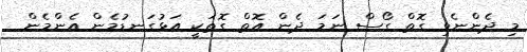
މި ދެންނެވި ގޮތް ގޯސް ނަމަ ދެން އޮތް ގޮތަކީ އަޅުގަނޑުމެން އެންމެން